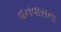
વનવાસના